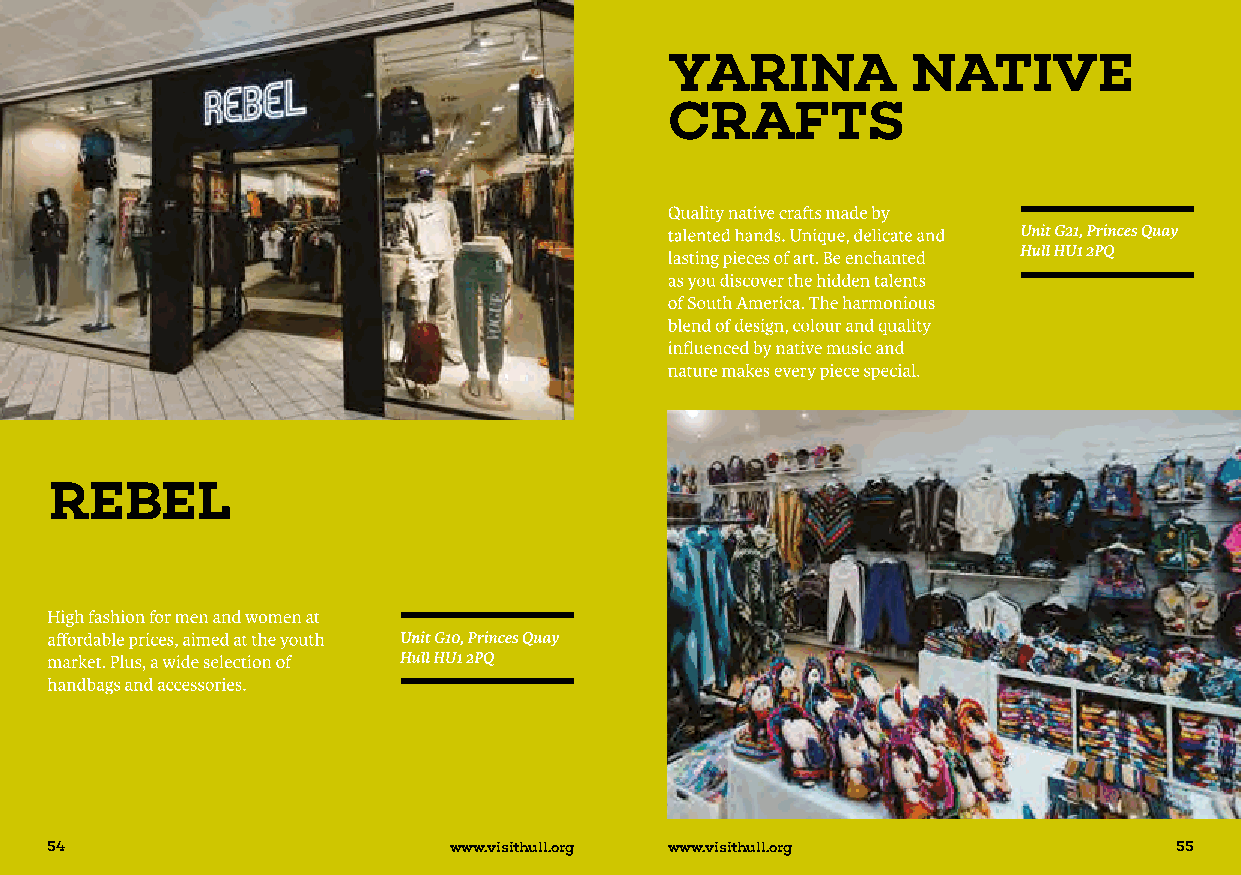
54                         www.visithull.org www.visithull.org             55